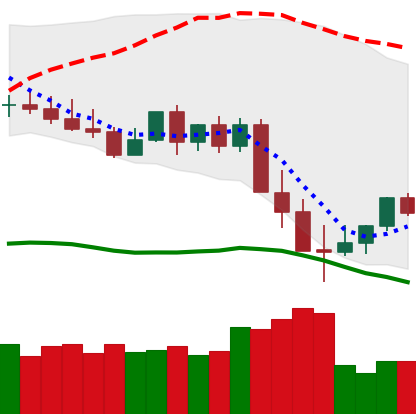
Ticker: XMR-USD
Chart end date: 2022-05-16
Forward return: 8.487%
Label: up_7plus